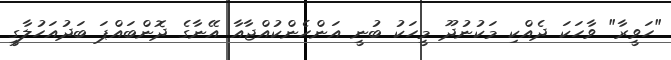
"ހަވީރާ" ވާހަކަ ދެއްކި މަކުނުދޫ މީހަކު ބުނީ އަންހެންކުއްޖާއާ އޭނާގެ ދޮންބައްޕަ ބަދުއަހުލާގީ